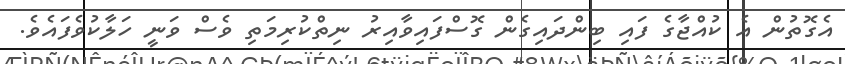
އެގޮތުން އެ ކުއްޖާގެ ފައި ބިންދައިގެން ގޮސްފައިވާއިރު ނިތްކުރިމަތި ވެސް ވަނީ ހަލާކުވެފައެވެ.